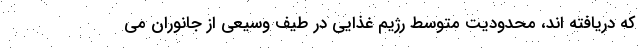
که دریافته اند، محدودیت متوسط رژیم غذایی در طیف وسیعی از جانوران می